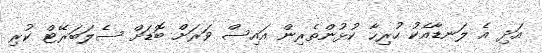
އަދި އެ ލަނޑާއެކު ހުރިހާ ކުޅުންތެރިން އައިސް ވަރަށް ބޮޑަށް ސެލަބަރޭޓް ކުރި